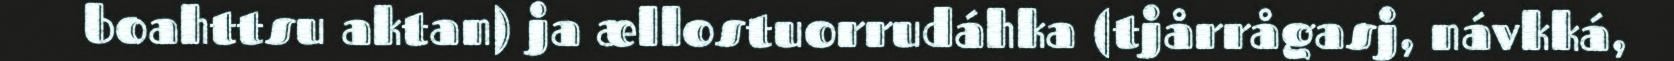
boahttsu aktan) ja ællostuorrudáhka (tjårrågasj, návkká,